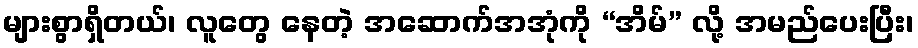
များစွာရှိတယ်၊ လူတွေ နေတဲ့ အဆောက်အအုံကို “အိမ်” လို့ အမည်ပေးပြီး၊